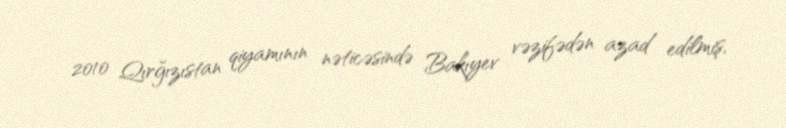
2010 Qırğızıstan qiyamının nəticəsində Bakıyev vəzifədən azad edilmiş,